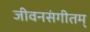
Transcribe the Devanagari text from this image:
जीवनसंगीतम्